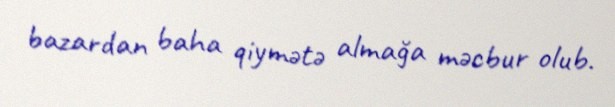
bazardan baha qiymətə almağa məcbur olub.